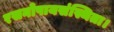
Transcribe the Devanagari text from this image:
रसनोपायसंस्थिता।